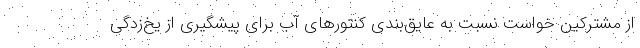
از مشترکین خواست نسبت به عایق‌بندی کنتورهای آب برای پیشگیری از یخ‌زدگی